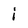
Character: i